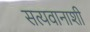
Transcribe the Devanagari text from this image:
सत्यवानाशी